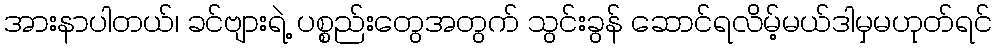
အားနာပါတယ်၊ ခင်ဗျားရဲ့ ပစ္စည်းတွေအတွက် သွင်းခွန် ဆောင်ရလိမ့်မယ်ဒါမှမဟုတ်ရင်